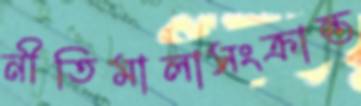
নীতিমালাসংক্রান্ত